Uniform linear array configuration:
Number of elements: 32
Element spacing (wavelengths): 0.25
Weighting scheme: hamming
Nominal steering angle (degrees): -60
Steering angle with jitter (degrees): -58.393
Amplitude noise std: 0.05
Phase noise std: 0.05

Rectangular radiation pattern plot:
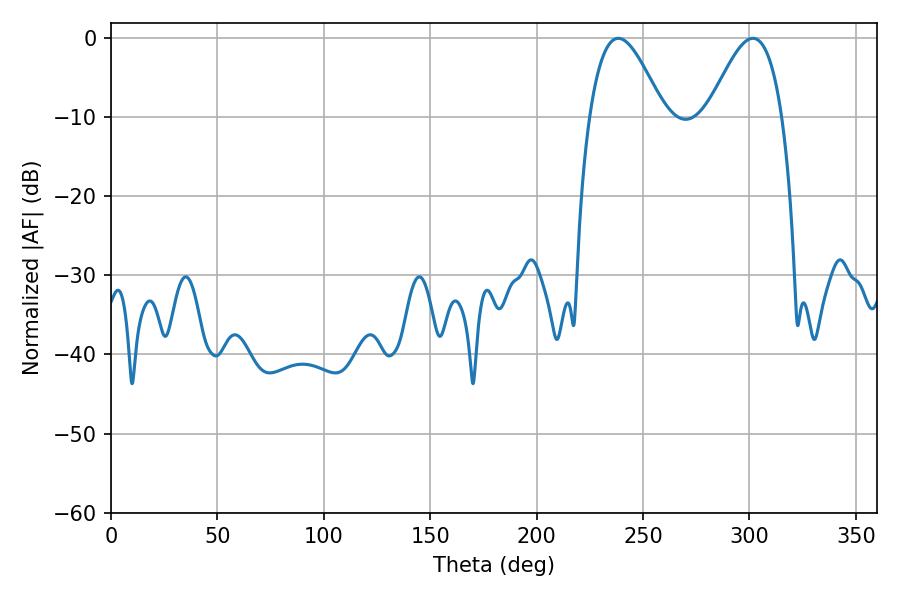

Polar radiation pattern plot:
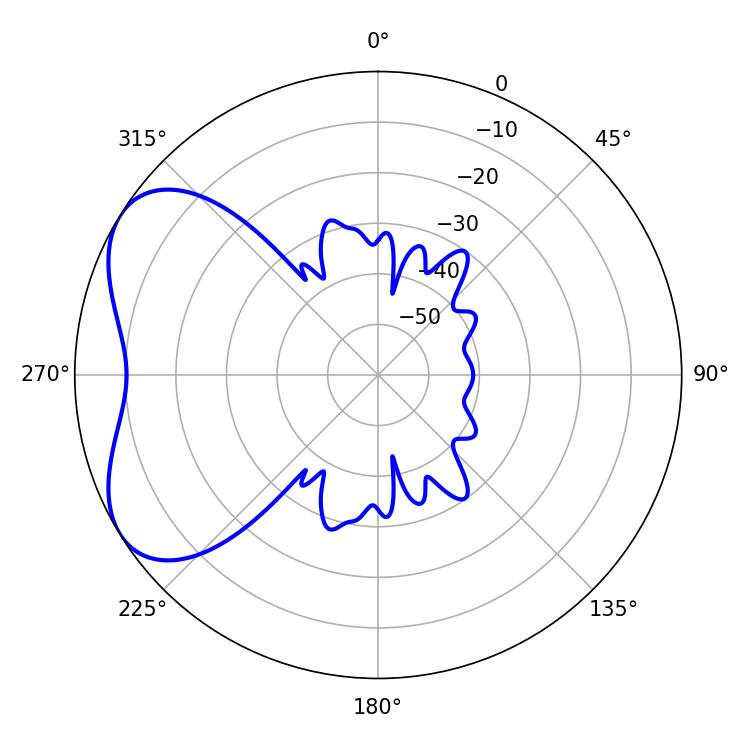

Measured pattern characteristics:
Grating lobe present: FALSE
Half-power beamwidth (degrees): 18.72
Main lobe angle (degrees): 238.32